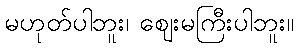
မဟုတ်ပါဘူး၊ ဈေးမကြီးပါဘူး။